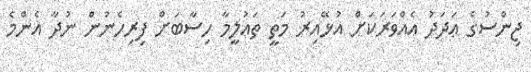
ޖިންސުގެ ޢަދަދު އެއްވަރަކަށް އުޅޭއިރު މަތީ ތަޢުލީމާ ހިސާބަށް ފިރިހެނުން ނުދާ އެންމެ